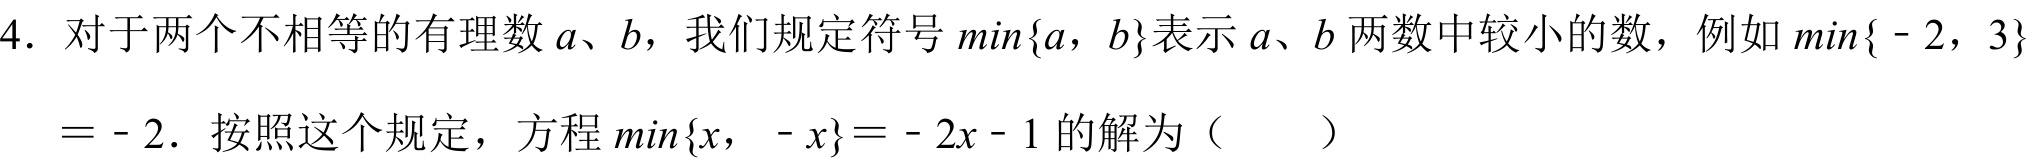
4. 对于两个不相等的有理数\(a、b\)，我们规定符号\(min\{a，b\}\)表示\(a、b\)两数中较小的数，例如\(min\{ - 2，3\}=- 2\)．按照这个规定，方程\(min\{x， - x\}=- 2x - 1\)的解为（  ）